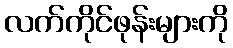
လက်ကိုင်ဖုန်းများကို